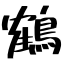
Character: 鶴